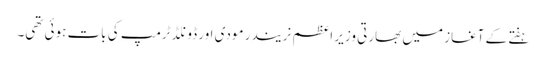
ہفتے کے آغاز میں بھارتی وزیر اعظم نریندر مودی اور ڈونلڈ ٹرمپ کی بات ہوئی تھی۔